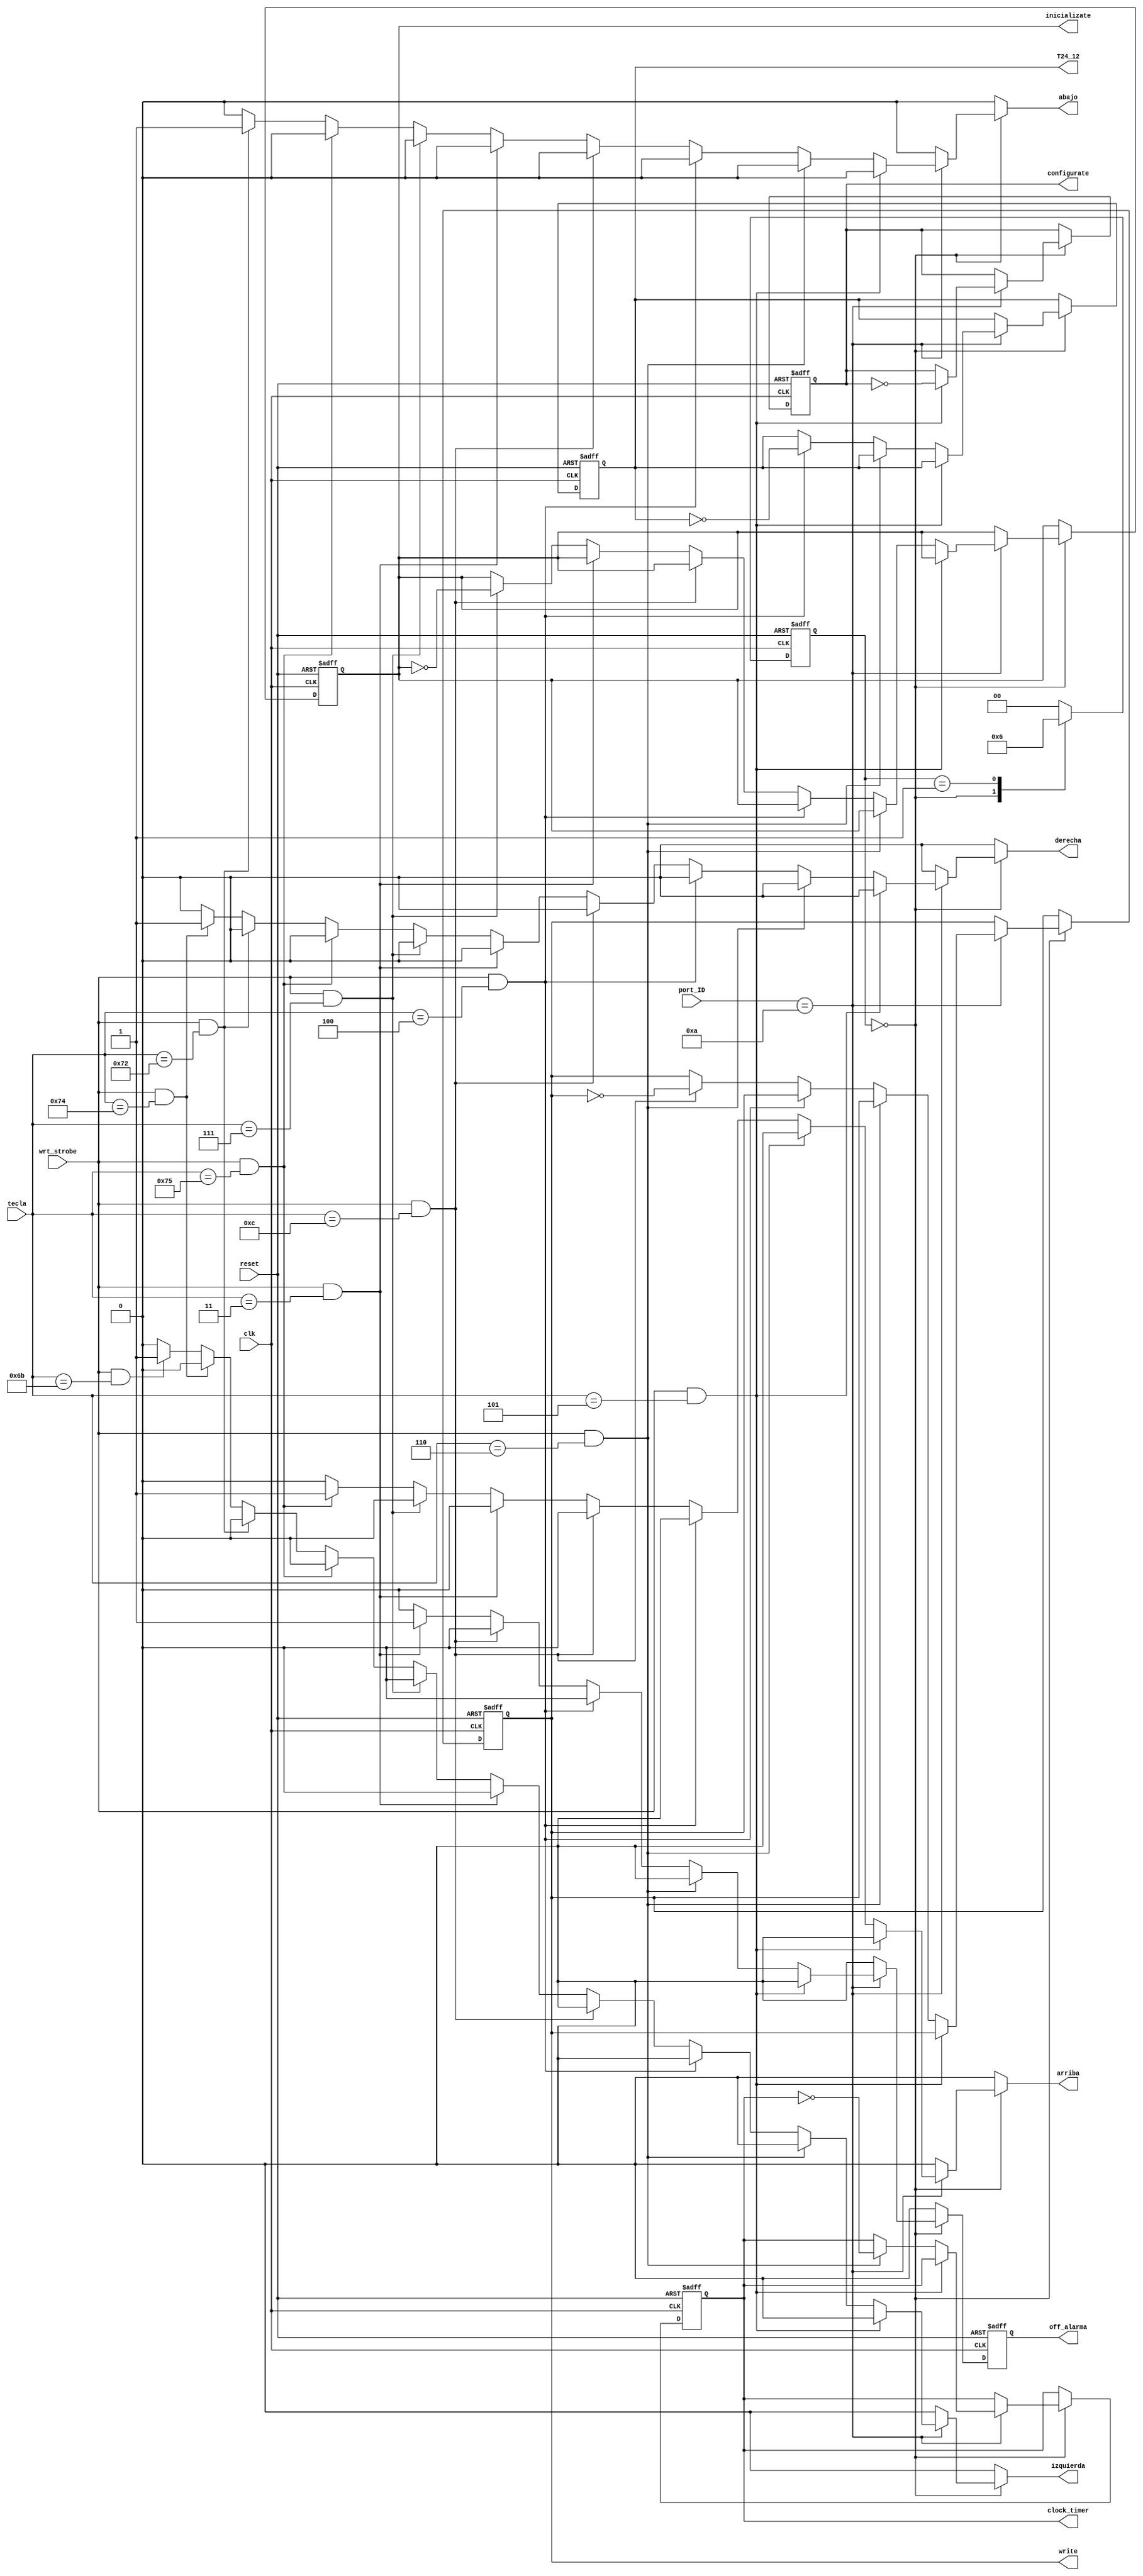
`timescale 1ns / 1ps
//////////////////////////////////////////////////////////////////////////////////
// Company: 
// Engineer: 
// 
// Design Name: 
// Module Name:    Deco_Teclado 
// Project Name: 
// Target Devices: 
// Tool versions: 
// Description: 
//
// Dependencies: 
//
// Revision: 
// Revision 0.01 - File Created
// Additional Comments: 
//
//////////////////////////////////////////////////////////////////////////////////
module Deco_Teclado(
input wire clk, reset, wrt_strobe,
input wire [7:0] port_ID, tecla, 		// datos que provienen del pico 
output wire write,configurate,inicializate,off_alarma,
output reg arriba,abajo,izquierda,derecha,	//banderas activadas segun la tecla 
output wire T24_12,clock_timer 	//banderas activadas segun la tecla 
);
   
localparam F1 = 8'h05;    //  Configuracion
localparam F2 = 8'h06;    //  Clock/timer
localparam F3 = 8'h04;    //  12/24
localparam F4 = 8'h0c;    //  Escribir
localparam F5 = 8'h03;    //  Alarma/OFF
localparam F12 = 8'h07;    //  Inicializa
localparam f_arriba = 8'h75;    //  flecha arriba
localparam f_abajo = 8'h72;    //  flecha abajo
localparam f_izq = 8'h6b;		//flecha izquierda
localparam f_der = 8'h74;		// flecha derecha
localparam wait_WRSTB = 2'b00;  // declaracion simbolica de estados 
localparam espera = 2'b01; 
localparam espera2 = 2'b10;  
localparam Teclado = 8'h0a;
reg [1:0]state_next, state_reg;       // declaracion de seales 	
reg T24_12_reg,T24_12_next,clock_timer_reg,clock_timer_next;
reg write_reg,configurate_reg,inicializate_reg,off_alarma_reg;
reg write_next,configurate_next,inicializate_next,off_alarma_next;
	always @(posedge clk, posedge reset)   // Maquina de estados y registro dtos
	if (reset)begin
		state_reg <= wait_WRSTB;
		T24_12_reg <= 0;
		clock_timer_reg <= 0;	
		write_reg <= 0;
		configurate_reg <= 0;
		inicializate_reg <= 0;
		off_alarma_reg <=0 ;
		end
	else begin
		state_reg <= state_next;
		T24_12_reg <= T24_12_next;
		clock_timer_reg <= clock_timer_next;
		write_reg <= write_next;
		configurate_reg <= configurate_next;
		inicializate_reg <= inicializate_next;
		off_alarma_reg <= off_alarma_next ;		end
always @*
begin

	clock_timer_next = clock_timer_reg;
	T24_12_next = T24_12_reg;
	write_next = write_reg;
	configurate_next = configurate_reg;
	inicializate_next = inicializate_reg;
	off_alarma_next = 0 ;	
	arriba = 1'b0;
	abajo = 1'b0;
	izquierda = 1'b0;
	derecha = 1'b0;
case (state_reg)
		wait_WRSTB:   
			if (port_ID == Teclado) 
				begin
				if (wrt_strobe == 1'b1 && tecla == F1) begin
					configurate_next  = ~configurate_reg;
					state_next = espera;end
				else if (wrt_strobe == 1'b1 && tecla == F2) begin
					clock_timer_next = ~clock_timer_reg;
					state_next = espera;end
				else if (wrt_strobe == 1'b1 && tecla == F3)begin
					T24_12_next = ~T24_12_reg;
					state_next = espera;end
				else if (wrt_strobe == 1'b1 && tecla == F4) begin
					write_next  = ~write_reg;
					state_next = espera;end
				else if (wrt_strobe == 1'b1 && tecla == F5) begin
					off_alarma_next  = 1;	
					state_next = espera;end
				else if (wrt_strobe == 1'b1 && tecla == F12) begin
					inicializate_next  = ~inicializate_reg;
					state_next = espera;end
				else if (wrt_strobe == 1'b1 && tecla == f_arriba)begin
					arriba = 1'b1;	
					state_next = espera;end
				else if (wrt_strobe == 1'b1 && tecla == f_abajo)begin
					abajo = 1'b1;
					state_next = espera;end
				else if (wrt_strobe == 1'b1 && tecla == f_der)begin
					derecha = 1'b1;
					state_next = espera;end
				else if (wrt_strobe == 1'b1 && tecla == f_izq)begin
					izquierda = 1'b1;
					state_next = espera;end
				else 
					state_next = espera; end
			else 
				state_next = espera;	
			espera: state_next = espera2;	
			espera2: state_next = wait_WRSTB;	
			default:  state_next = wait_WRSTB;	

	endcase			
end
assign T24_12 = T24_12_reg;
assign clock_timer = clock_timer_reg;
assign write = write_reg;
assign configurate = configurate_reg;
assign inicializate = inicializate_reg;
assign off_alarma = off_alarma_reg;
endmodule